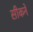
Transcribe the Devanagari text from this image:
सीकने